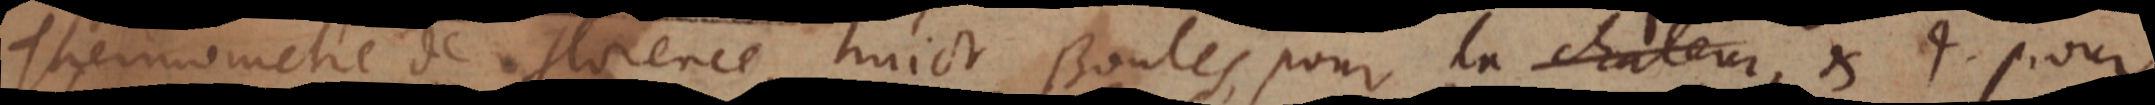
Thermometre de Florence, huict Boules, pour la chaleur, et 4. pour